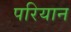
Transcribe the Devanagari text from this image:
परियान